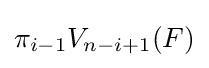
\pi _{i-1}V_{n-i+1}(F)